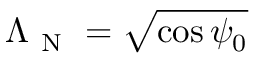
\Lambda _ { \mathrm { ~ N ~ } } = \sqrt { \cos \psi _ { 0 } }